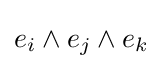
{e}_{i}\wedge {e}_{j}\wedge {e}_{k}